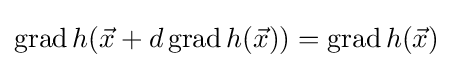
\operatorname {grad} h({\vec {x}}+d\operatorname {grad} h({\vec {x}}))=\operatorname {grad} h({\vec {x}})\;